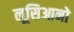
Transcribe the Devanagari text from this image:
लूसिआनो